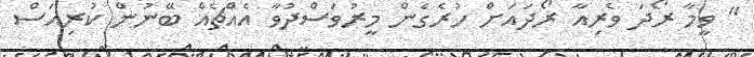
'' ވީމާ ރޯދަ ވެރިއާ ރޯދައަށް ހުރެގެން މީރުވަސްދުވާ އެއްޗެއް ބޭނުން ކުރިއަސް